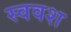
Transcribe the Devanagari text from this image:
स्ववश